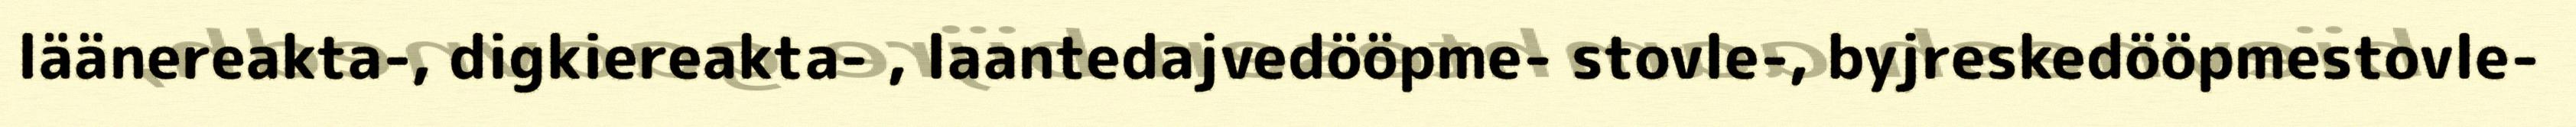
läänereakta-, digkiereakta- , laantedajvedööpme- stovle-, byjreskedööpmestovle-